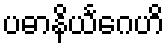
ပဓာနိယင်္ဂေဟိ